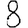
Digit: 8